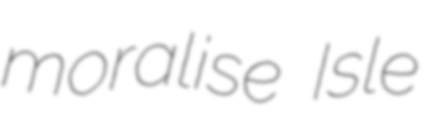
moralise Isle